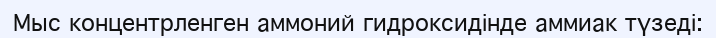
Мыс концентрленген аммоний гидроксидінде аммиак түзеді: